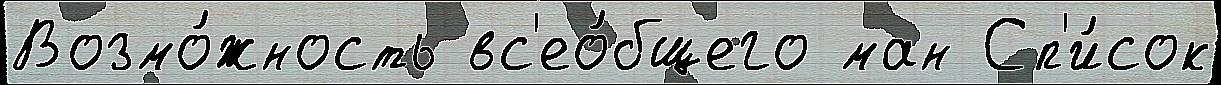
Возмо́жность вс'ео́бщего ман Сп'и́сок